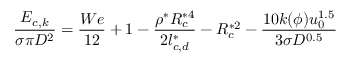
\frac { { { E } _ { c , k } } } { \sigma \pi { { D } ^ { 2 } } } = \frac { W e } { 1 2 } + 1 - \frac { { { \rho } ^ { * } } R _ { c } ^ { * 4 } } { 2 l _ { c , d } ^ { * } } - R _ { c } ^ { * 2 } - \frac { 1 0 k ( \phi ) u _ { 0 } ^ { 1 . 5 } } { 3 \sigma { { D } ^ { 0 . 5 } } }